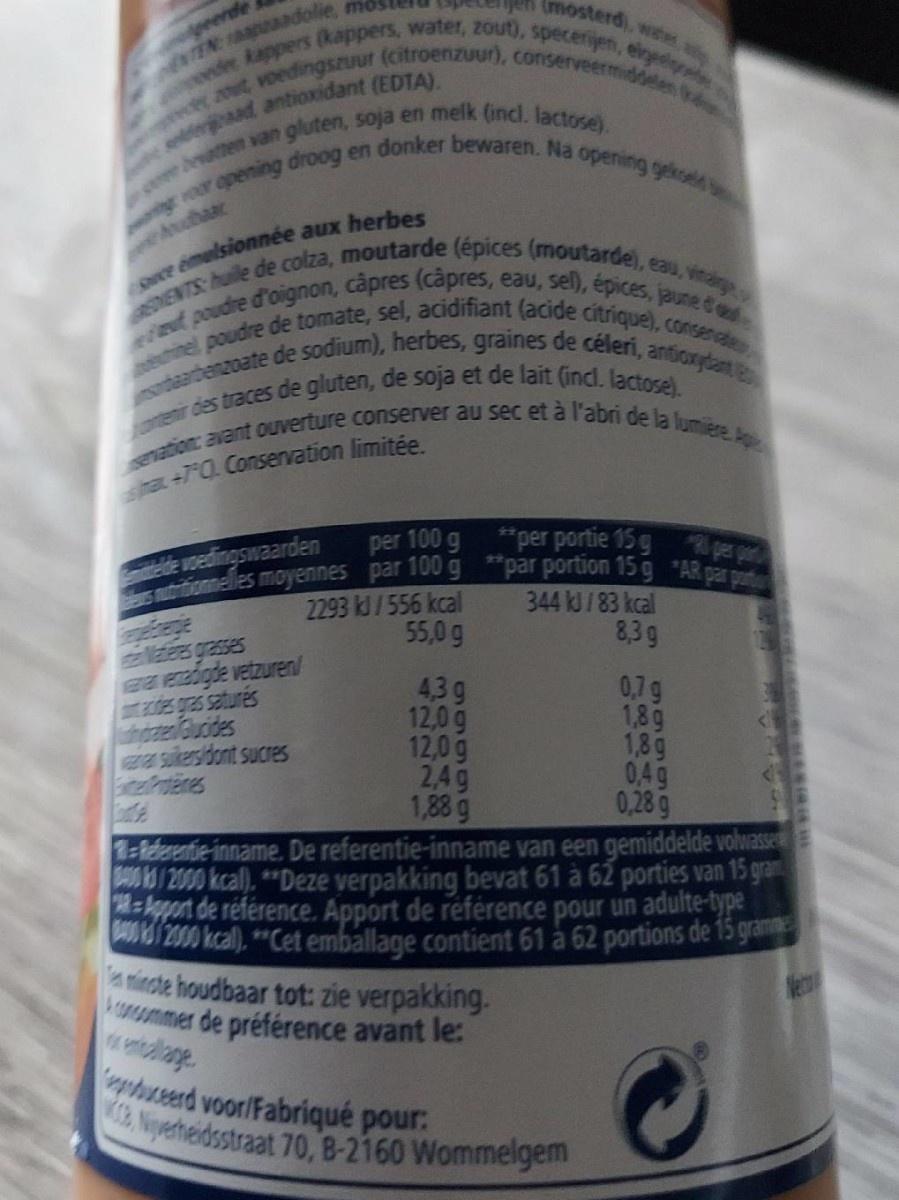
eerde TEN: aadolie,
(mosterd), water
kappers (kappers, water, zout), specerijen, eigeipe
voedingszuut (Ccitroenzuur), conserveermiddelen
antioxidant (EDTA).
tten van gluten, soja en melk (incl. lactose).
ing voor opening droog en donker bewaren. Na opening gekss
ubaar
DIENTS: huile de colza, moutarde (épices (moutarde), eau, vinagy et poudre d'oignon, capres (capres, eau, sel), épices, jaune d'e inel poudre de tomate, sel, acidifiant (acide citrique), consenate obaarbenzoate de sodium), herbes, graines de céleri, antiorydant
ce emalsionnée aux herbes
tenir des traces de gluten, de soja et de lait (incl. lactose).
enation: avant ouverture conserver au sec et à l'abri de la lumiere. Ap
+70. Conservation limitée
*per portie 15 g per
e vedingswaarden s nutritionnelles moyennes par 100 g *par portion 15 g *AR par potu
per 100
2293 kJ/556 kcal 55,0 g
344 kJ /83 kcal 8,3g
Materes grasses a adigde vetzuren/ des gras saturés nzeGucides sukersidont sucres tartenes
4,3g 12,0g 12,0g 2,4g 1,88 g 1-kederentie-inname. De referentie-inname van een gemiddelde volvasse M/2000 kcal). **Deze verpakking bevat 61 à 62 porties van 15 gram Ekport de référence. Apport de reférence pour un adulte-type / 200 kcal). **Cet emballage contient 61 a 62 portions de 15 gram
0,7g 1,89 1,89 0,4g 0,28 9
a incte houdbaar tot: zie verpakking. ummer de préférence avant le:
psed voorlFabriqué pour Niperheidsstraat 70, B-2160 Wommelgem
166 5 0o 00